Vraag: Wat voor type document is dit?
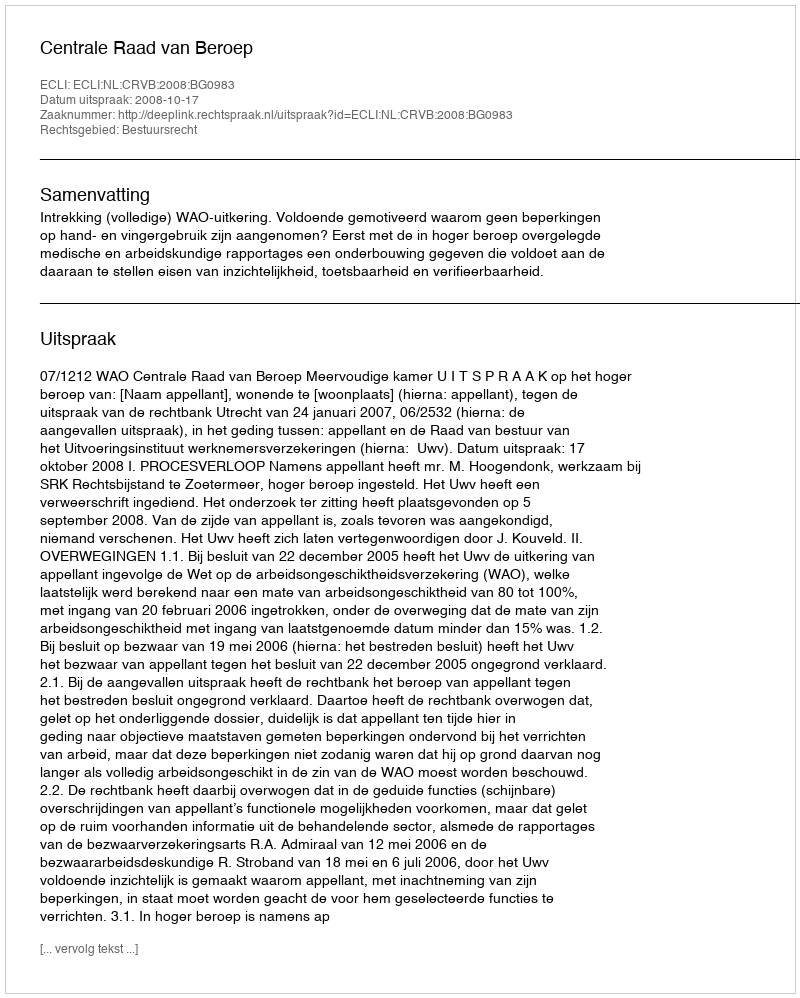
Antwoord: Uitspraak